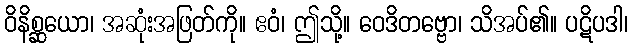
ဝိနိစ္ဆယော၊ အဆုံးအဖြတ်ကို။ ဧဝံ၊ ဤသို့။ ဝေဒိတဗ္ဗော၊ သိအပ်၏။ ပဋိပဒါ၊